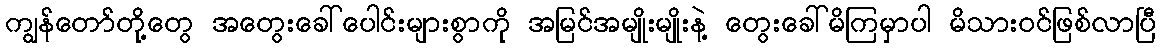
ကျွန်တော်တို့တွေ အတွေးခေါ်ပေါင်းများစွာကို အမြင်အမျိုးမျိုးနဲ့ တွေးခေါ်မိကြမှာပါ မိသားဝင်ဖြစ်လာပြီ